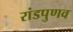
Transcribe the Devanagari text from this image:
रांडपुणव